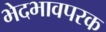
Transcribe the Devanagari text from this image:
भेदभावपरक